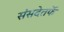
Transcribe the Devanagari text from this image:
संसदेतर्फे